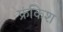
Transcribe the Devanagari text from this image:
फ्रंकिश